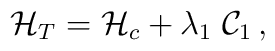
{\cal H}_T = {\cal H}_c + \lambda_1 \; {\cal C}_1\,,